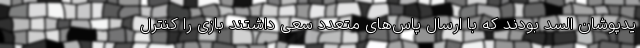
یدپوشان السد بودند که با ارسال پاس‌های متعدد سعی داشتند بازی را کنترل